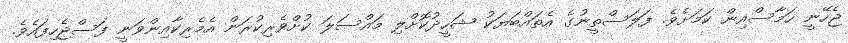
ޖެހޭނީ ހަމާސްއިން ކަމަށެވެ. ފަލަސްތީނުގެ އެތައްބަޔަކު ޝަހީދުކޮށްލި މައްސަލަ ކުށްވެރިކުރަން އެމެރިކާއިންވަނީ ފަސްޖެހިފައެވެ.